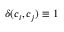
\delta ( c _ { i } , c _ { j } ) \equiv 1